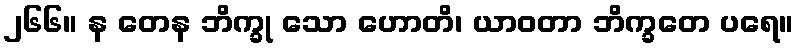
၂၆၆။ န တေန ဘိက္ခု သော ဟောတိ၊ ယာဝတာ ဘိက္ခတေ ပရေ။